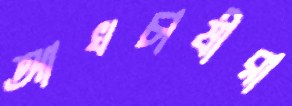
আখচাষীরা